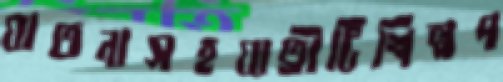
যাতনাসহযাত্রীটিশিল্পপ